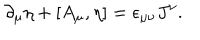
\partial _ { \mu } \eta + [ A _ { \mu } , \eta ] = \epsilon _ { \mu \nu } J ^ { \nu } .